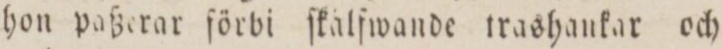
hon paßerar förbi ſkälſwande trashankar och